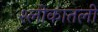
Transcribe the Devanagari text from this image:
श्लोकातली